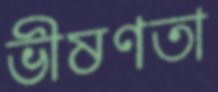
ভীষণতা